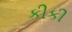
કીકી